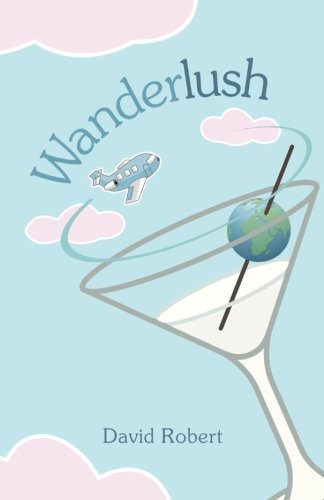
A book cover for Wanderlush; David Robert; Gay & Lesbian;